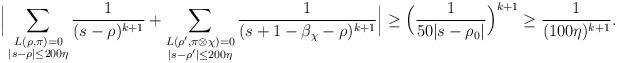
LaTeX: \begin{align*}\Big|\sum_{\substack{L(\rho,\pi)=0 \\ |s-\rho|\leq 200\eta}}\frac{1}{(s-\rho)^{k+1}}+\sum_{\substack{L(\rho',\pi\otimes\chi)=0 \\ |s-\rho'|\leq 200\eta}}\frac{1}{(s+1-\beta_{\chi}-\rho)^{k+1}}\Big|\geq\Big(\frac{1}{50|s-\rho_0|}\Big)^{k+1}\geq\frac{1}{(100\eta)^{k+1}}.\end{align*}